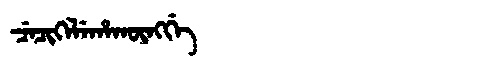
Manchu: ᠴᡝᠴᡳᡴᡝᠯᡝᡥᠠᡴᡡᠩᡤᡝ
Romanization: CECIKELEHAKŪNGGE